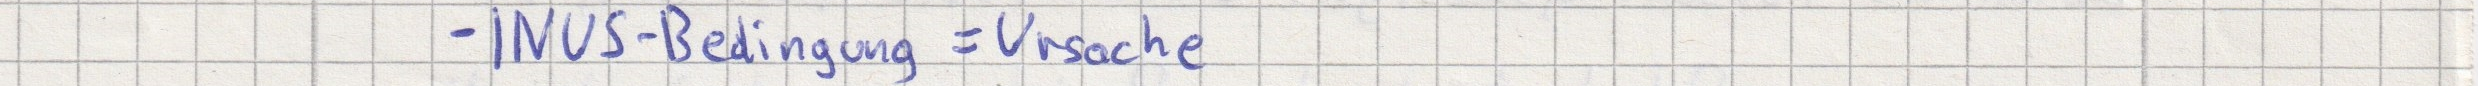
- INUS-Bedingung = Ursache